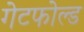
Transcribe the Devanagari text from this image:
गेटफोल्ड